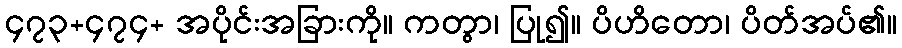
၄၇၃+၄၇၄+ အပိုင်းအခြားကို။ ကတွာ၊ ပြု၍။ ပိဟိတော၊ ပိတ်အပ်၏။